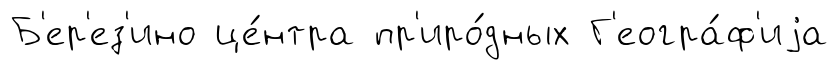
Б'ер'ез'ино це́нтра пр'иро́дных Г'еогра́ф'иjа